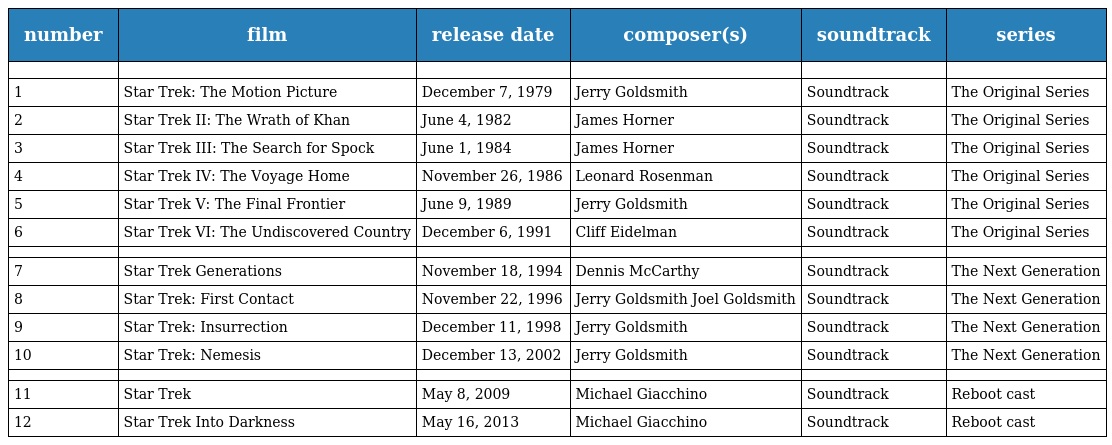
| number | film | release date | composer(s) | soundtrack | series |
 | --- | --- | --- | --- | --- | --- |
 |  |  |  |  |  |  |
 | 1 | Star Trek: The Motion Picture | December 7, 1979 | Jerry Goldsmith | Soundtrack | The Original Series |
 | 2 | Star Trek II: The Wrath of Khan | June 4, 1982 | James Horner | Soundtrack | The Original Series |
 | 3 | Star Trek III: The Search for Spock | June 1, 1984 | James Horner | Soundtrack | The Original Series |
 | 4 | Star Trek IV: The Voyage Home | November 26, 1986 | Leonard Rosenman | Soundtrack | The Original Series |
 | 5 | Star Trek V: The Final Frontier | June 9, 1989 | Jerry Goldsmith | Soundtrack | The Original Series |
 | 6 | Star Trek VI: The Undiscovered Country | December 6, 1991 | Cliff Eidelman | Soundtrack | The Original Series |
 |  |  |  |  |  |  |
 | 7 | Star Trek Generations | November 18, 1994 | Dennis McCarthy | Soundtrack | The Next Generation |
 | 8 | Star Trek: First Contact | November 22, 1996 | Jerry Goldsmith Joel Goldsmith | Soundtrack | The Next Generation |
 | 9 | Star Trek: Insurrection | December 11, 1998 | Jerry Goldsmith | Soundtrack | The Next Generation |
 | 10 | Star Trek: Nemesis | December 13, 2002 | Jerry Goldsmith | Soundtrack | The Next Generation |
 |  |  |  |  |  |  |
 | 11 | Star Trek | May 8, 2009 | Michael Giacchino | Soundtrack | Reboot cast |
 | 12 | Star Trek Into Darkness | May 16, 2013 | Michael Giacchino | Soundtrack | Reboot cast |